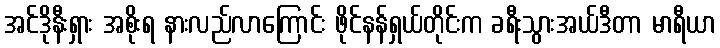
အင်ဒိုနီးရှား အစိုးရ နားလည်လာကြောင်း ဖိုင်နန်ရှယ်တိုင်းက ခရီးသွားအယ်ဒီတာ မာရီယာ